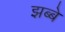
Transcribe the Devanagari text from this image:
झब्बे